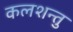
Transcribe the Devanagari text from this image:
कलशन्तु